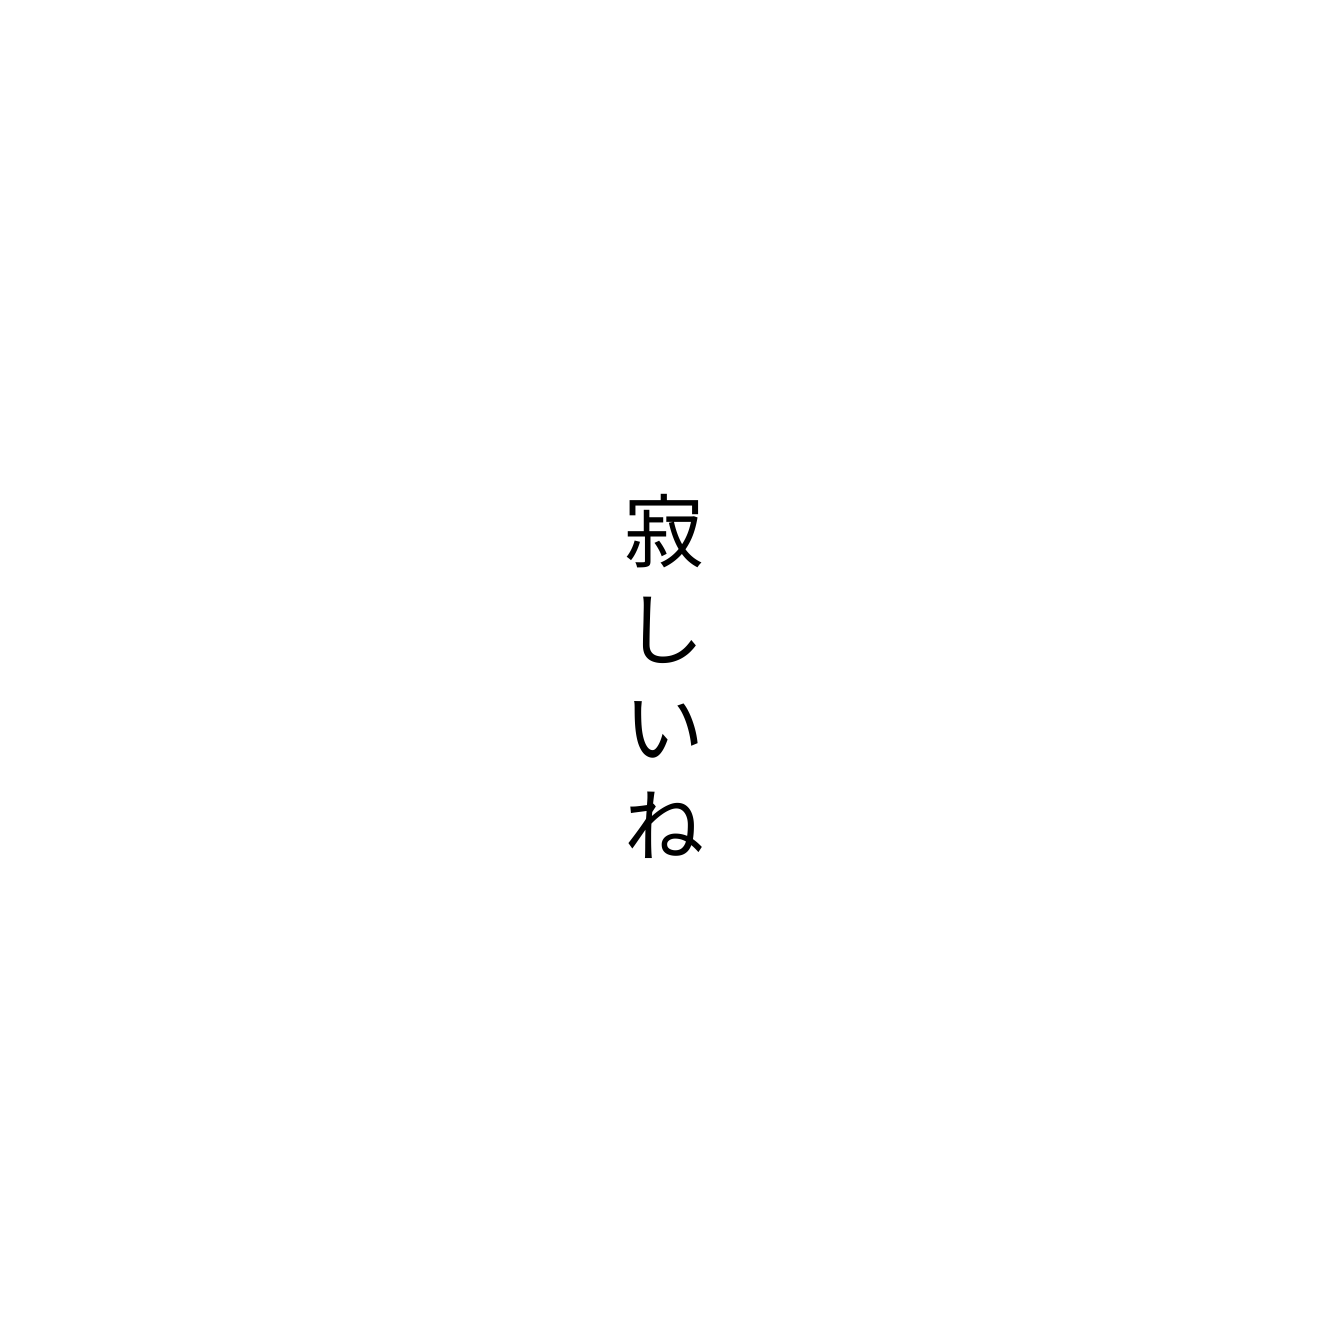
寂しいね